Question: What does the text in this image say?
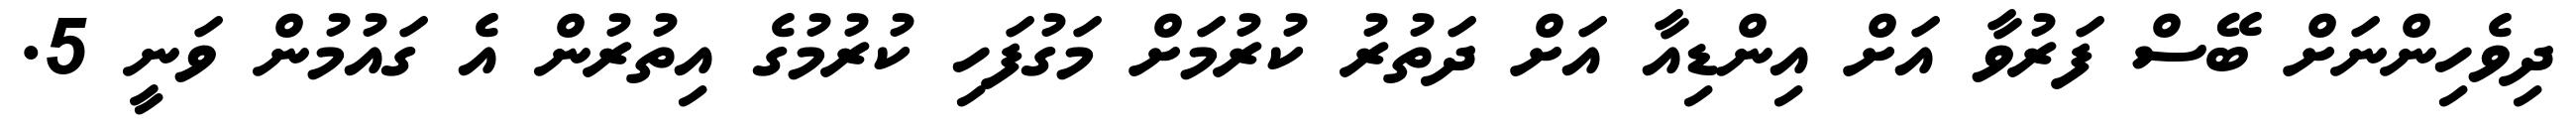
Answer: ދިވެހިންނަށް ބޭސް ފަރުވާ އަށް އިންޑިއާ އަށް ދަތުރު ކުރުމަށް މަގުފަހި ކުރުމުގެ އިތުރުން އެ ގައުމުން ވަނީ 5.